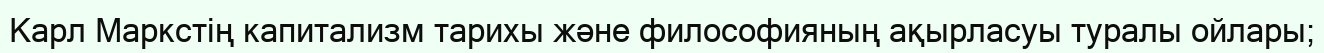
Карл Маркстің капитализм тарихы және философияның ақырласуы туралы ойлары;